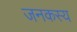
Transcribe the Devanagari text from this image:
जनकस्य